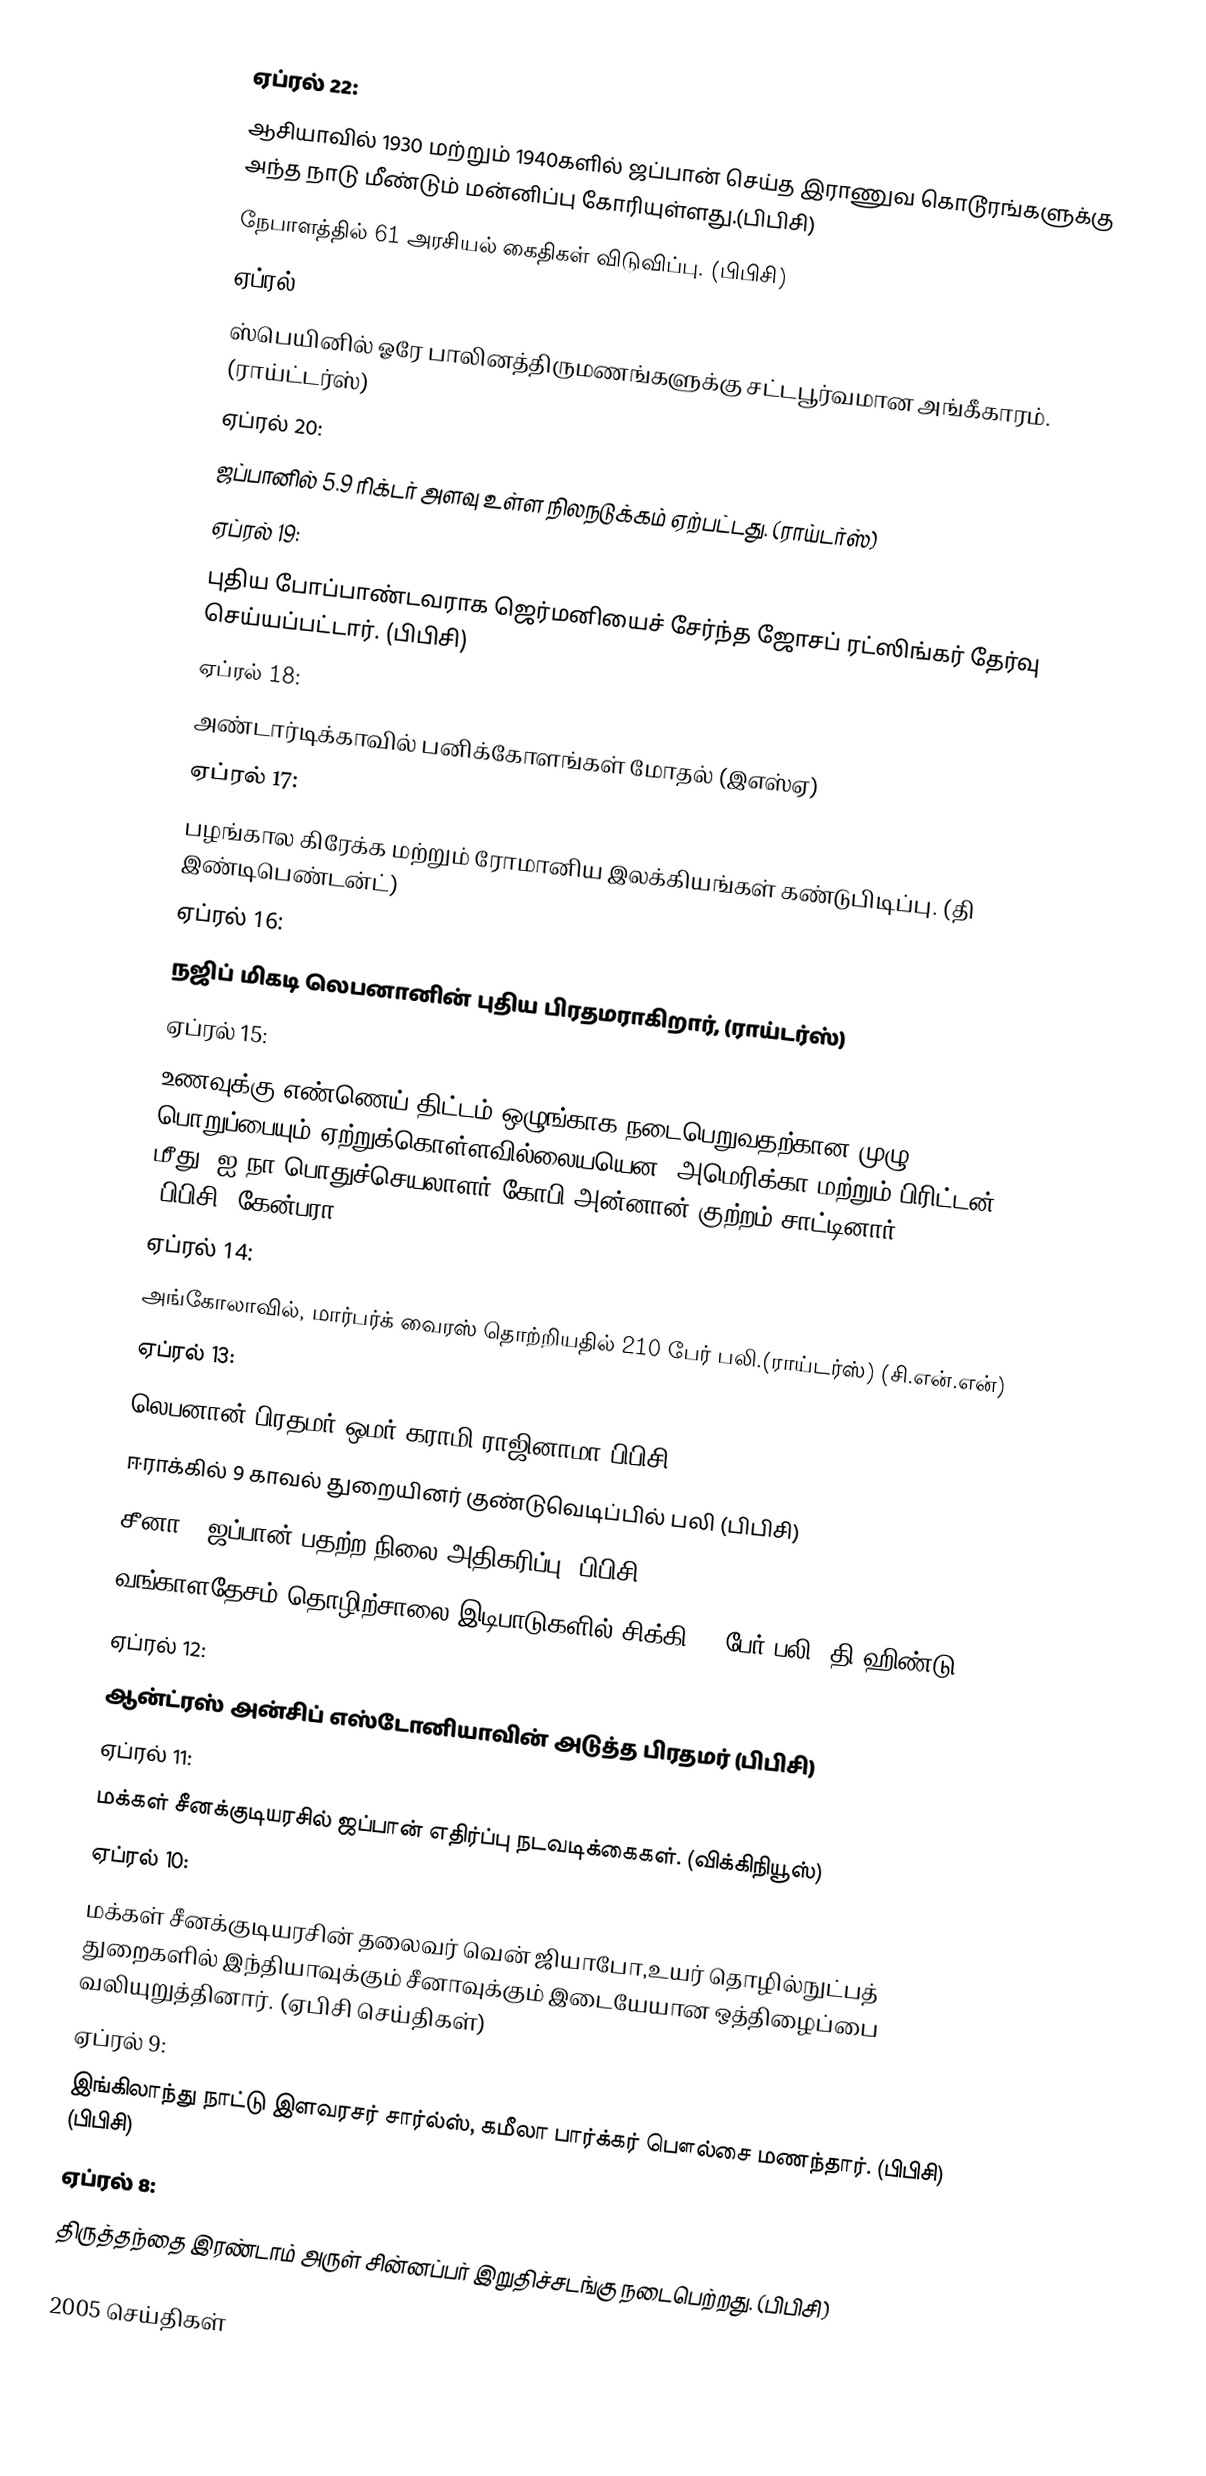
ஏப்ரல் 22:
ஆசியாவில் 1930 மற்றும் 1940களில் ஜப்பான் செய்த இராணுவ கொடூரங்களுக்கு அந்த நாடு மீண்டும் மன்னிப்பு கோரியுள்ளது.(பிபிசி)
நேபாளத்தில் 61 அரசியல் கைதிகள் விடுவிப்பு. (பிபிசி)
ஏப்ரல் 21:
ஸ்பெயினில் ஓரே பாலினத்திருமணங்களுக்கு சட்டபூர்வமான அங்கீகாரம். (ராய்ட்டர்ஸ்)
ஏப்ரல் 20:
ஜப்பானில் 5.9 ரிக்டர் அளவு உள்ள நிலநடுக்கம் ஏற்பட்டது. (ராய்டர்ஸ்)
ஏப்ரல் 19:
புதிய போப்பாண்டவராக ஜெர்மனியைச் சேர்ந்த ஜோசப் ரட்ஸிங்கர் தேர்வு செய்யப்பட்டார். (பிபிசி)
ஏப்ரல் 18:
அண்டார்டிக்காவில் பனிக்கோளங்கள் மோதல் (இஎஸ்ஏ)
ஏப்ரல் 17:
பழங்கால கிரேக்க மற்றும் ரோமானிய இலக்கியங்கள் கண்டுபிடிப்பு. (தி இண்டிபெண்டன்ட்)
ஏப்ரல் 16:
நஜிப் மிகடி லெபனானின் புதிய பிரதமராகிறார், (ராய்டர்ஸ்)
ஏப்ரல் 15:
உணவுக்கு எண்ணெய் திட்டம் ஒழுங்காக நடைபெறுவதற்கான முழு பொறுப்பையும் ஏற்றுக்கொள்ளவில்லையயென, அமெரிக்கா மற்றும் பிரிட்டன் மீது, ஐ.நா பொதுச்செயலாளர் கோபி அன்னான் குற்றம் சாட்டினார். (பிபிசி)(கேன்பரா)
ஏப்ரல் 14:
அங்கோலாவில், மார்பர்க் வைரஸ் தொற்றியதில் 210 பேர் பலி.(ராய்டர்ஸ்)  (சி.என்.என்)
ஏப்ரல் 13:
லெபனான் பிரதமர் ஒமர் கராமி ராஜினாமா(பிபிசி)
ஈராக்கில் 9 காவல் துறையினர் குண்டுவெடிப்பில் பலி (பிபிசி)
சீனா - ஜப்பான் பதற்ற நிலை அதிகரிப்பு (பிபிசி)
வங்காளதேசம் தொழிற்சாலை இடிபாடுகளில் சிக்கி 30 பேர் பலி (தி ஹிண்டு)
ஏப்ரல் 12:
ஆன்ட்ரஸ் அன்சிப் எஸ்டோனியாவின் அடுத்த பிரதமர் (பிபிசி)
ஏப்ரல் 11:
மக்கள் சீனக்குடியரசில் ஜப்பான் எதிர்ப்பு நடவடிக்கைகள். (விக்கிநியூஸ்)
ஏப்ரல் 10:
மக்கள் சீனக்குடியரசின் தலைவர் வென் ஜியாபோ,உயர் தொழில்நுட்பத் துறைகளில் இந்தியாவுக்கும் சீனாவுக்கும் இடையேயான ஒத்திழைப்பை வலியுறுத்தினார். (ஏபிசி செய்திகள்)
ஏப்ரல் 9:
இங்கிலாந்து நாட்டு இளவரசர் சார்ல்ஸ், கமீலா பார்க்கர் பௌல்சை மணந்தார். (பிபிசி) (பிபிசி)
ஏப்ரல் 8:
திருத்தந்தை இரண்டாம் அருள் சின்னப்பர் இறுதிச்சடங்கு நடைபெற்றது. (பிபிசி)

2005 செய்திகள்